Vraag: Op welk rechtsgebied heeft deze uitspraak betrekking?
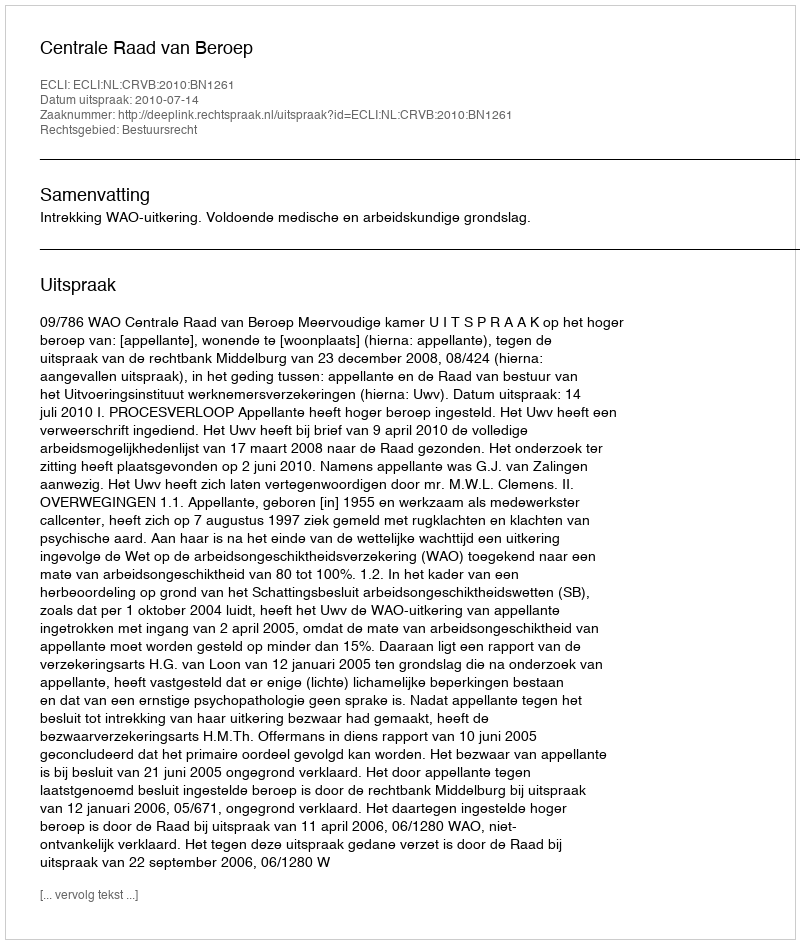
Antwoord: Bestuursrecht